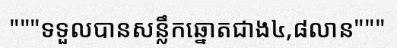
"""ទទួលបានសន្លឹកឆ្នោតជាង៤,៨លាន"""